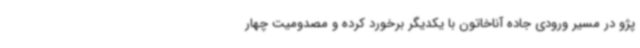
پژو در مسیر ورودی جاده آناخاتون با یکدیگر برخورد کرده و مصدومیت چهار